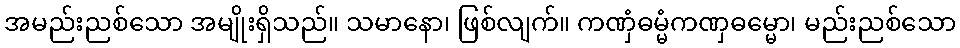
အမည်းညစ်သော အမျိုးရှိသည်။ သမာနော၊ ဖြစ်လျက်။ ကဏှံဓမ္မံကဏှဓမ္မော၊ မည်းညစ်သော